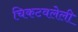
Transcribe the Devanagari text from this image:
चिकटवलेली